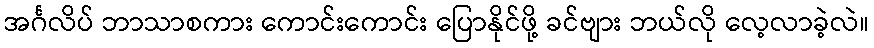
အင်္ဂလိပ် ဘာသာစကား ကောင်းကောင်း ပြောနိုင်ဖို့ ခင်ဗျား ဘယ်လို လေ့လာခဲ့လဲ။